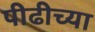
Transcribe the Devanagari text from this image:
पीढीच्या